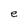
Character: e